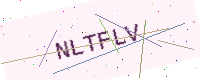
Text: NLTFLV